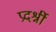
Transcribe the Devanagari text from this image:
प्रदर्श्नी